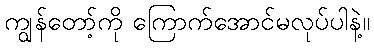
ကျွန်တော့်ကို ကြောက်အောင်မလုပ်ပါနဲ့။